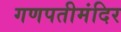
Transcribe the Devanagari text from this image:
गणपतीमंदिर